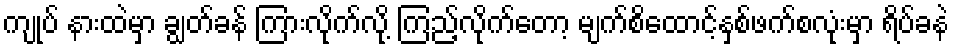
ကျုပ် နားထဲမှာ ချွတ်ခန် ကြားလိုက်လို့ ကြည့်လိုက်တော့ မျက်စိထောင့်နှစ်ဖက်စလုံးမှာ ရိပ်ခနဲ